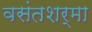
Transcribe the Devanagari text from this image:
वसंतशर्मा